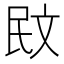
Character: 𭤙